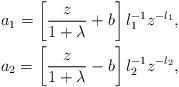
LaTeX: \begin{align*}a_1=\left[\frac{z}{1+\lambda}+b\right]l_1^{-1}z^{-l_1}, \\ a_2=\left[\frac{z}{1+\lambda}-b\right]l_2^{-1}z^{-l_2} ,\end{align*}